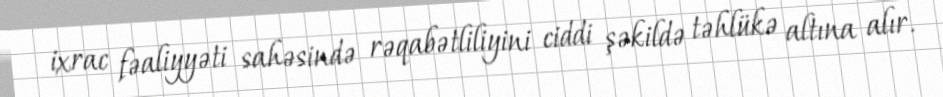
ixrac fəaliyyəti sahəsində rəqabətliliyini ciddi şəkildə təhlükə altına alır.